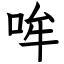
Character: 哞